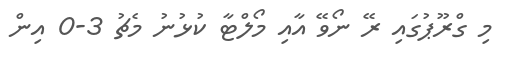
މި ގްރޫޕުގައި ރޭ ނޯވޭ އާއި މޯލްޓާ ކުޅުނު މެޗު 3-0 އިން